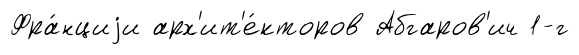
Фра́нциjи арх'ит'е́кторов Абгаров'ич 1-г